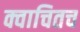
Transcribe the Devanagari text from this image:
क्वाचितच